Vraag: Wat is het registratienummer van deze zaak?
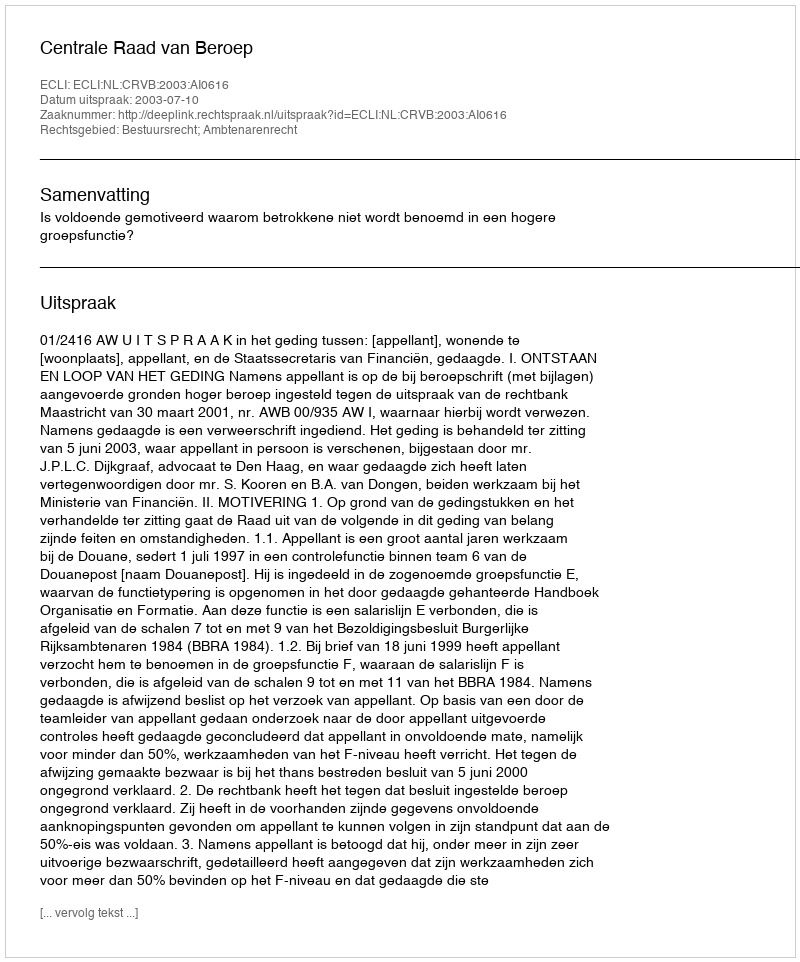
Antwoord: http://deeplink.rechtspraak.nl/uitspraak?id=ECLI:NL:CRVB:2003:AI0616